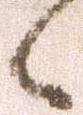
候